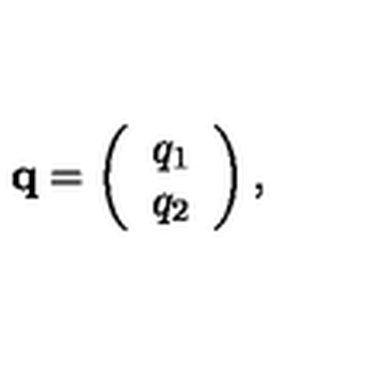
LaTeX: { \bf q } = \left( \begin{array} { c } { q _ { 1 } } \\ { q _ { 2 } } \\ \end{array} \right) ,